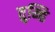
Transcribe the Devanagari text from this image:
तुम्हि